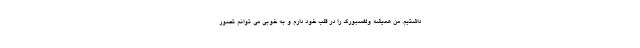
داشتیم. من همیشه ولفسبورگ را در قلب خود دارم و به خوبی می توانم تصور